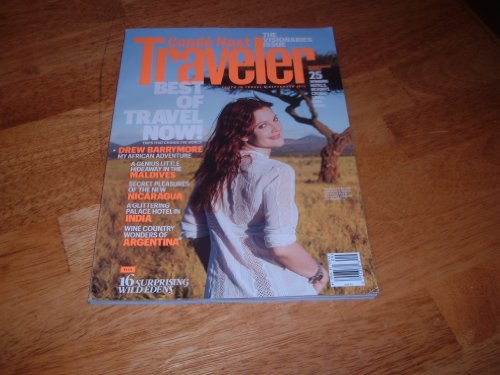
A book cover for Conde Nast Traveler September 2011 Drew Barrymore African Adventure (Maldives, Nicaragua, India, Argentine, 16 Surprising Wild Edens, and more); Travel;